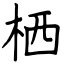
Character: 栖